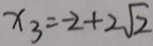
x _ { 3 } = - 2 + 2 \sqrt { 2 }